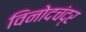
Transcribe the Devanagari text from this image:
विनोदचंद्र